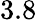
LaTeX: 3.8